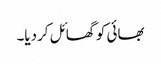
بھائی کو گھائل کردیا۔